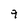
Character: 9